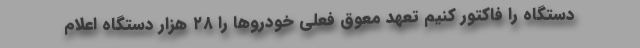
دستگاه را فاکتور کنیم تعهد معوق فعلی خودروها را ۲۸ هزار دستگاه اعلام